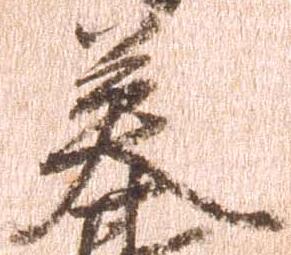
英